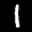
Label: 1